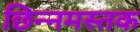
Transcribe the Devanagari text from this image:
छिन्नमस्तक